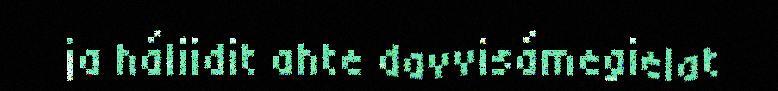
ja háliidit ahte davvisámegielat